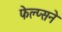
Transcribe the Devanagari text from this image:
फेल्प्सने